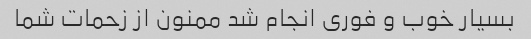
بسیار خوب و فوری انجام شد ممنون از زحمات شما